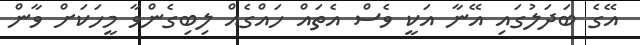
އޭގެ ބަދަލުގައި އޭނާ އަކީ ވެސް އެތައް ހައްގެއް ލިބިގެންވާ މީހަކަށް ވާން